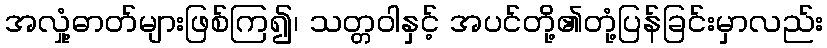
အလှုံ့ဓာတ်များဖြစ်ကြ၍၊ သတ္တဝါနှင့် အပင်တို့၏တုံ့ပြန်ခြင်းမှာလည်း